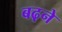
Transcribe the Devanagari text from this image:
बढ़़ने